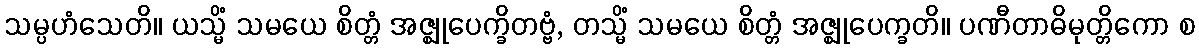
သမ္ပဟံသေတိ။ ယသ္မိံ သမယေ စိတ္တံ အဇ္ဈုပေက္ခိတဗ္ဗံ, တသ္မိံ သမယေ စိတ္တံ အဇ္ဈုပေက္ခတိ။ ပဏီတာဓိမုတ္တိကော စ